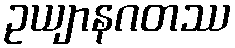
ဥယျာနဂတဿ